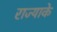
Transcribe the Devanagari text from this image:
राज्याके